Report of the Municipal Commissioner on the plague in Bombay for the year ending 31st May... - Volume 1
Disease focus: Plague
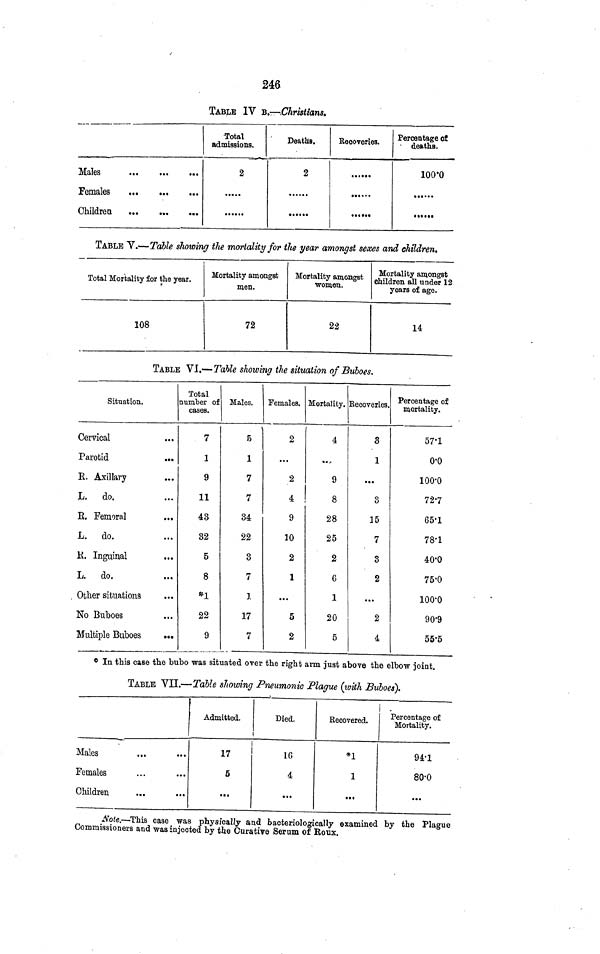
246
TABLE IV B.—Christians.
Males
Females
Children
Total
admissions.
2
Deaths.
2
Recoveries.
Percentage of
deaths.
100·0
TABLE V.—Table showing the mortality for the year amongst sexes and children.
Total Mortality for the year.
108
Mortality amongst
men.
72
Mortality amongst
women.
22
Mortality amongst
children all under 12
years of age.
14
TABLE VI.—Table showing the situation of Buboes.
Situation.
Cervical
Parotid
R. Axillary
L. do.
R.
Femoral
L. do.
R. Inguinal
L. do.
Other situations
No Buboes
Multiple Buboes
Total
number of
cases.
7
1
9
11
43
32
5
8
*1
22
9
Males.
B
1
7
7
34
22
3
7
1
17
7
Females.
2
2
4
9
10
2
1
5
2
Mortality.
4
9
8
28
25
2
6
1
20
5
Recoveries.
3
1
3
15
7
3
2
2
4
Percentage of
mortality.
57·1
0·0
100·0
72·7
65·1
78·1
40·0
75·0
100-0
90·9
55·5
* In this case the bubo was situated over the right arm just above the elbow joint.
TABLE VII.—Table showing Pneumonic Plague (with Buboes).
Males
Females
Children
Admitted.
17
5
Died.
16
4
Recovered.
*1
1
Percentage of
Mortality.
94·1
80·0
Note.—This case was physically and bacteriologically examined by the Plague
Commissioners and was injected by the Curative Serum of Roux.